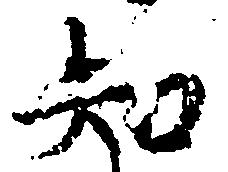
知